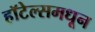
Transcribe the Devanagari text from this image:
हॉटेल्समधून